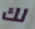
لك